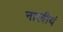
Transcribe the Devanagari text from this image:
नारदीयं